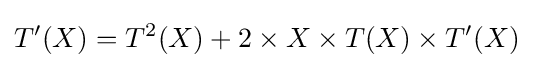
T'(X)=T^{2}(X)+2\times X\times T(X)\times T'(X)